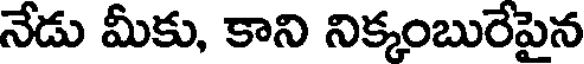
నేడు మీకు, కాని నిక్కంబురేపైన